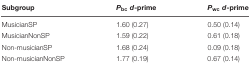
| Subgroup | Pbcd-prime | Pwcd-prime |
 | --- | --- | --- |
 | MusicianSP | 1.60 (0.27) | 0.50 (0.14) |
 | MusicianNonSP | 1.59 (0.22) | 0.61 (0.18) |
 | Non-musicianSP | 1.68 (0.24) | 0.09 (0.18) |
 | Non-musicianNonSP | 1.77 (0.19) | 0.67 (0.14) |